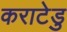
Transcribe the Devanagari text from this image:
कराटेडु